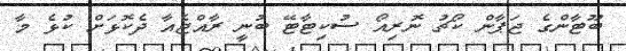
ބޫޓާންގެ ޖަޕާން ކޯޗު ނޮރިއޯ ސުކިޓާޓޭ ބުނީ ރާއްޖެއާ ދެކޮޅަށް ކުޅެ މާ